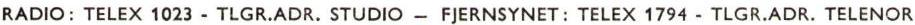
RADIO: TELEX 1023 - TLGR.ADR. STUDIO - FJERNSYNET:TELEX1794 - TLGR.ADR. TELENOR